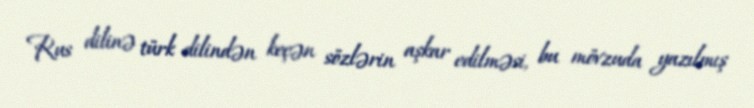
Rus dilinə türk dilindən keçən sözlərin aşkar edilməsi, bu mövzuda yazılmış